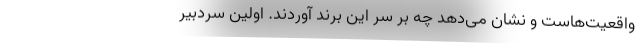
واقعیت‌هاست و نشان می‌دهد چه بر سر این برند آوردند. اولین سردبیر